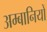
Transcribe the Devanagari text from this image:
अम्बानियों